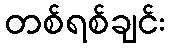
တစ်ရစ်ချင်း